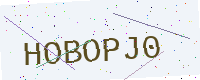
Text: HOBOPJ0